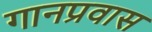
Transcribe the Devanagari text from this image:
गानप्रवास